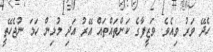
ހެދޭ ވަރު ވިއެވެ. ވަޒީފާގެ ކަންތައްތައް އޭރު އަދި މުޅިން ހަމަ ނުޖެހޭތީ